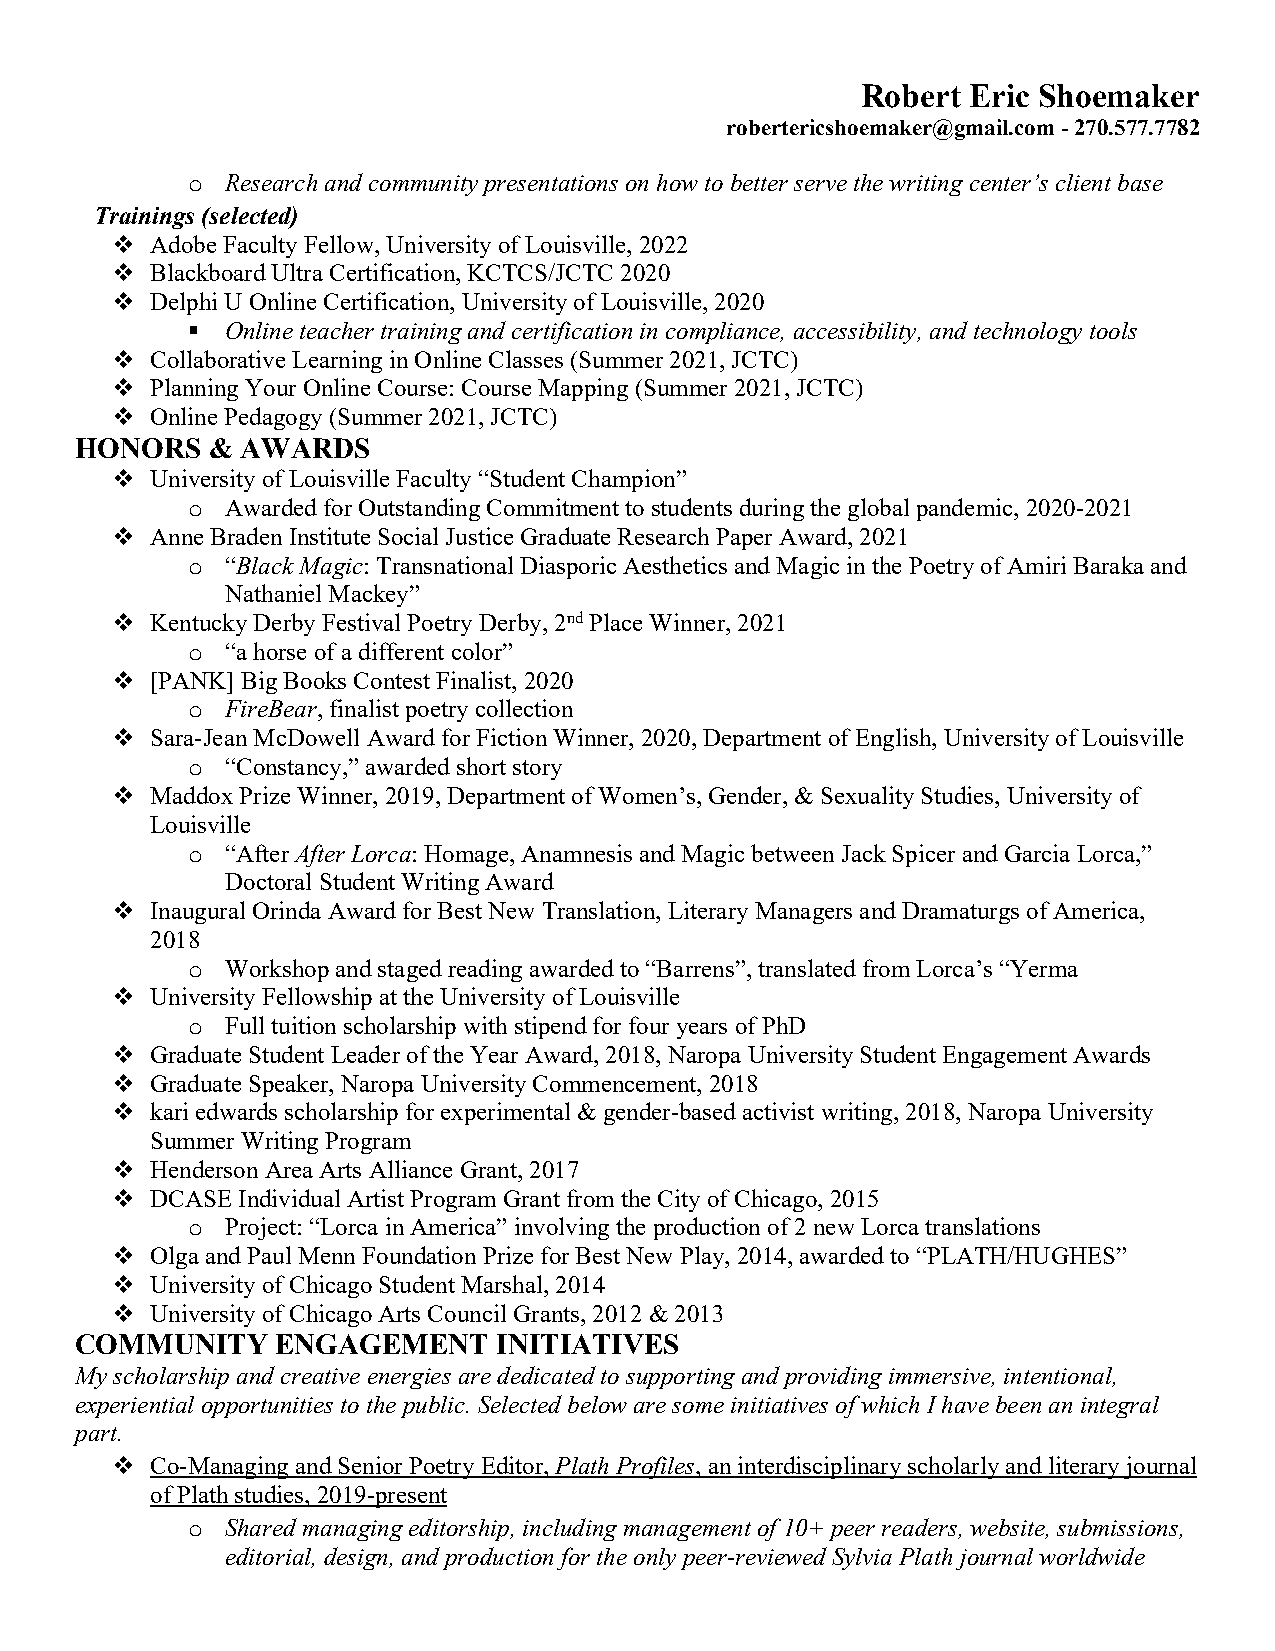
Robert Eric Shoemaker
 robertericshoemaker@gmail.com - 270.577.7782
 o  Research and community presentations on how to better serve the writing center’s client base
 Trainings (selected)
 v  Adobe Faculty Fellow, University of Louisville, 2022
 v  Blackboard Ultra Certification, KCTCS/JCTC 2020
 v  Delphi U Online Certification, University of Louisville, 2020
 §  Online teacher training and certification in compliance, accessibility, and technology tools
 v  Collaborative Learning in Online Classes (Summer 2021, JCTC)
 v  Planning Your Online Course: Course Mapping (Summer 2021, JCTC)
 v  Online Pedagogy (Summer 2021, JCTC)
 HONORS   & AWARDS
 v  University of Louisville Faculty “Student Champion”
 o  Awarded for Outstanding Commitment to students during the global pandemic, 2020-2021
 v  Anne Braden Institute Social Justice Graduate Research Paper Award, 2021
 o  “Black Magic: Transnational Diasporic Aesthetics and Magic in the Poetry of Amiri Baraka and
 Nathaniel Mackey”
 v  Kentucky Derby Festival Poetry Derby, 2nd Place Winner, 2021
 o  “a horse of a different color”
 v  [PANK] Big Books Contest Finalist, 2020
 o  FireBear, finalist poetry collection
 v  Sara-Jean McDowell Award for Fiction Winner, 2020, Department of English, University of Louisville
 o  “Constancy,” awarded short story
 v  Maddox Prize Winner, 2019, Department of Women’s, Gender, & Sexuality Studies, University of
 Louisville
 o  “After After Lorca: Homage, Anamnesis and Magic between Jack Spicer and Garcia Lorca,”
 Doctoral Student Writing Award
 v  Inaugural Orinda Award for Best New Translation, Literary Managers and Dramaturgs of America,
 2018
 o  Workshop and staged reading awarded to “Barrens”, translated from Lorca’s “Yerma
 v  University Fellowship at the University of Louisville
 o  Full tuition scholarship with stipend for four years of PhD
 v  Graduate Student Leader of the Year Award, 2018, Naropa University Student Engagement Awards
 v  Graduate Speaker, Naropa University Commencement, 2018
 v  kari edwards scholarship for experimental & gender-based activist writing, 2018, Naropa University
 Summer Writing Program
 v  Henderson Area Arts Alliance Grant, 2017
 v  DCASE Individual Artist Program Grant from the City of Chicago, 2015
 o  Project: “Lorca in America” involving the production of 2 new Lorca translations
 v  Olga and Paul Menn Foundation Prize for Best New Play, 2014, awarded to “PLATH/HUGHES”
 v  University of Chicago Student Marshal, 2014
 v  University of Chicago Arts Council Grants, 2012 & 2013
 COMMUNITY    ENGAGEMENT     INITIATIVES
 My scholarship and creative energies are dedicated to supporting and providing immersive, intentional,
 experiential opportunities to the public. Selected below are some initiatives of which I have been an integral
 part.
 v  Co-Managing and Senior Poetry Editor, Plath Profiles, an interdisciplinary scholarly and literary journal
 of Plath studies, 2019-present
 o  Shared managing editorship, including management of 10+ peer readers, website, submissions,
 editorial, design, and production for the only peer-reviewed Sylvia Plath journal worldwide